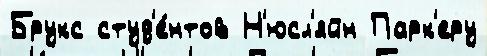
Брукс студ'е́нтов Н'юсл'яйн Парк'еру